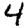
Digit: 4